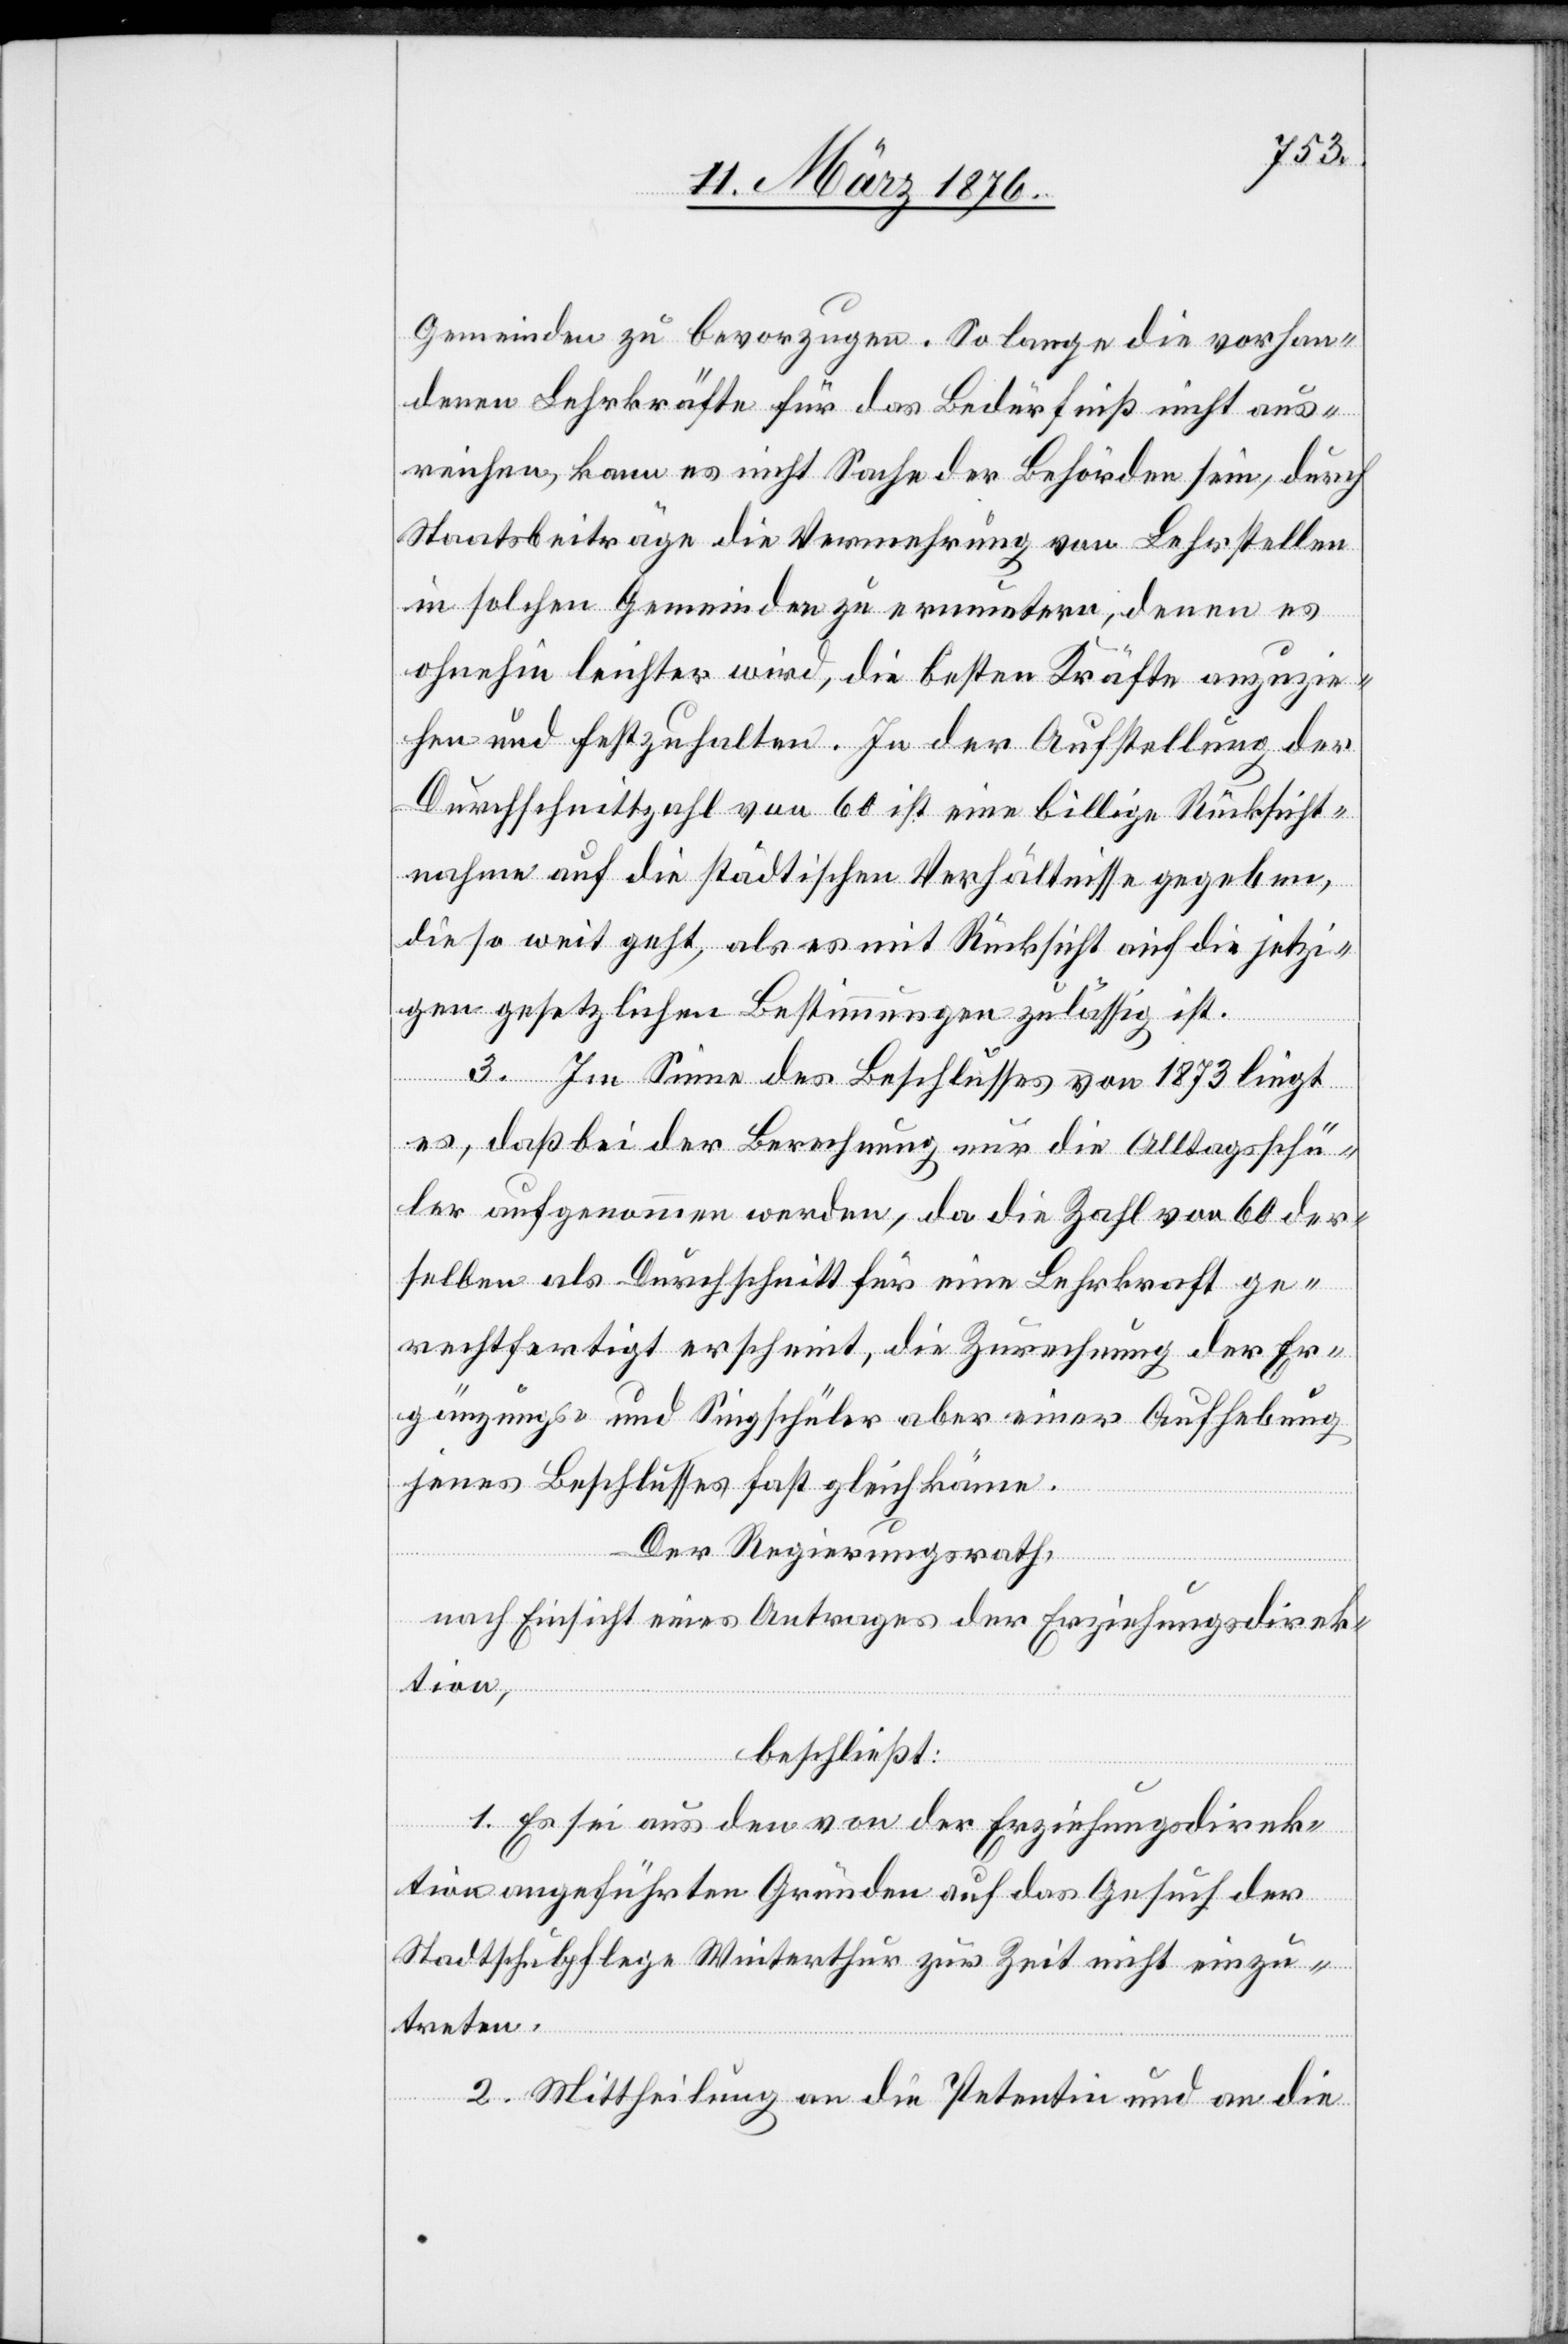
Gemeinden zu bevorzugen. Solange die vorhan¬
denen Lehrkräfte für das Bedürfniß nicht aus¬
reichen, kann es nicht Sache der Behörden sein, durch
Staatsbeiträge die Vermehrung von Lehrstellen
in solchen Gemeinden zu ermuntern, denen es
ohnehin leichter wird, die besten Kräfte anzuzie¬
hen und festzuhalten. In der Aufstellung der
Durchschnittzahl von 60 ist eine billige Rücksicht¬
nahme auf die städtischen Verhältnisse gegeben,
die so weit geht, als es mit Rücksicht auf die jetzi¬
gen gesetzlichen Bestimmungen zulässig ist.
3. Im Sinne des Beschlusses von 1873 liegt
es, daß bei der Berechnung nur die Alltagsschü¬
ler aufgenommen werden, da die Zahl von 60 der¬
selben als Durchschnitt für eine Lehrkraft ge¬
rechtfertigt erscheint, die Zurechnung der Er¬
gänzungs- und Singschüler aber einer Aufhebung
jenes Beschlusses gleichkäme.
Der Regierungsrath,
nach Einsicht eines Antrages der Erziehungsdirek¬
tion,
beschließt:
1. Es sei aus den von der Erziehungsdirek¬
tion angeführten Gründen auf das Gesuch der
Stadtschulpflege Winterthur zur Zeit nicht einzu¬
treten.
2. Mittheilung an die Petentin und an die